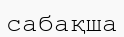
сабақша